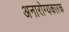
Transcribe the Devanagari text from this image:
अनारोग्यकारक